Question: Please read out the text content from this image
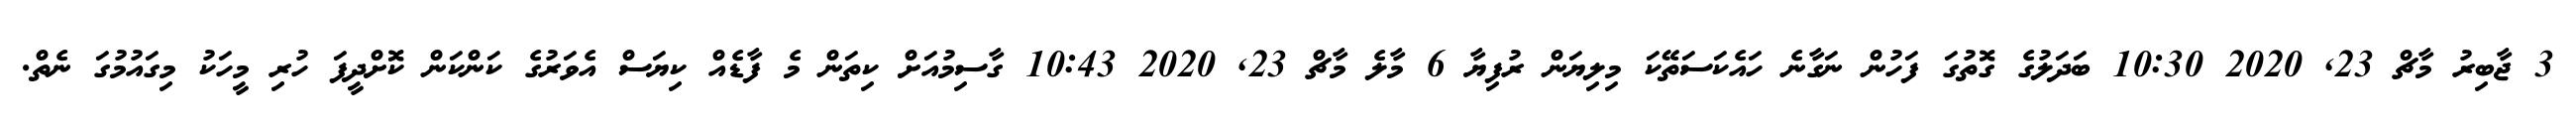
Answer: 3 ޖާބިރު މާޗް 23, 2020 10:30 ބަދަލުގެ ގޮތުގަ ފަހުން ނަގާނެ ހައެކަސަތޭކަ މިލިޔަން ރުފިޔާ 6 މާލެ މާޗް 23, 2020 10:43 ގާސިމުއަށް ކިތަން މެ ފާޑެއް ކިޔަސް އެވަރުގެ ކަންކަން ކޮށްދީފަ ހުރި މީހަކު މިގައުމުގަ ނެތް.